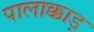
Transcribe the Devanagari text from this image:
पालाक्काड़